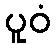
ပူဝံ